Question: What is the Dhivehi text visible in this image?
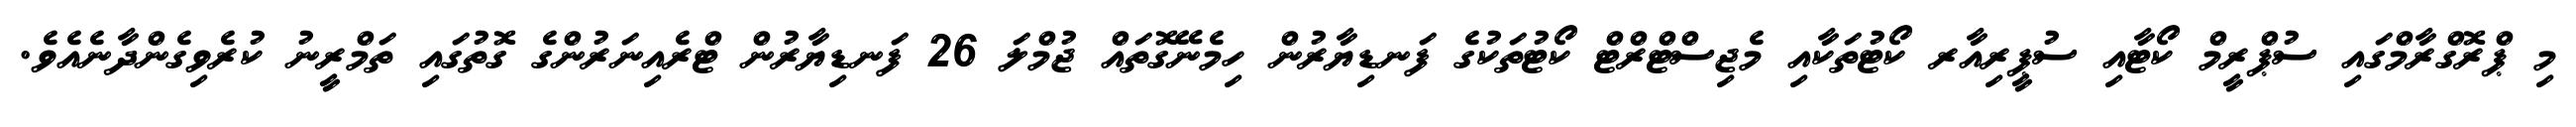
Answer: މި ޕްރޮގްރާމްގައި ސުޕްރީމް ކޯޓާއި ސުޕީރިއާރ ކޯޓުތަކާއި މެޖިސްޓްރްޓް ކޯޓުތަކުގެ ފަނޑިޔާރުން ހިމެނޭގޮތައް ޖުމްލަ 26 ފަނޑިޔާރުން ޓްރެއިނަރުންގެ ގޮތުގައި ތަމްރީނު ކުރެވިގެންދާނެއެވެ.